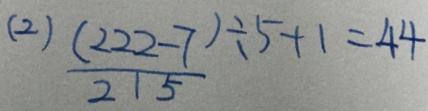
( 2 ) \frac { ( 2 2 2 - 7 ) } { 2 1 5 } \div 5 + 1 = 4 4